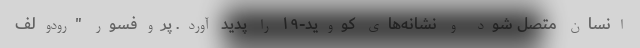
انسان متصل شود و نشانه‌های کووید-۱۹ را پدید آورد. پروفسور "رودولف